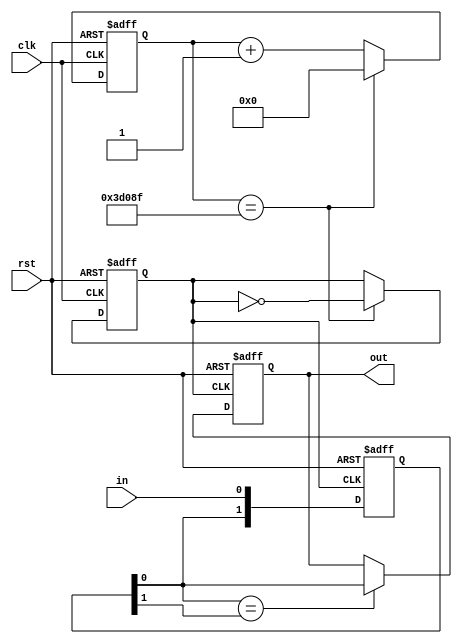
module key_vibration_eliminate
(
	input wire in,
	input wire clk,
	input wire rst,
	output reg out
);

	parameter crystal_frequency = 26'd50_000_000;
	
	reg[1:0] delay_reg;
	reg[19:0] frequency_divider;
	reg       frequency_divider_out;
	
	always@(posedge clk or negedge rst)
	begin
		if(~rst)
		begin
			frequency_divider     <= 20'b0;
			frequency_divider_out <= 1'b0;
		end
		else
		begin
			if(frequency_divider == crystal_frequency/200-26'b1)//10ms
			begin
				frequency_divider     <= 20'b0;
				frequency_divider_out <= ~frequency_divider_out;
			end
			else
				frequency_divider <= frequency_divider + 20'b1;
		end
	end
	
	always@(posedge frequency_divider_out or negedge rst)
	begin
		if(~rst)
		begin
			delay_reg <= 2'b11;//
			out <= 1'b1;
		end
		else
		begin
			delay_reg[1:0] <= {delay_reg[0],in};
			if(delay_reg[0] == delay_reg[1])
				out <= delay_reg[0];
			else
				out <= out;
		end
	end
endmodule